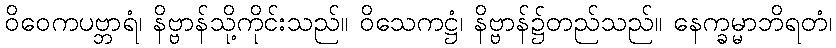
ဝိဝေကပဗ္ဘာရံ၊ နိဗ္ဗာန်သို့ကိုင်းသည်။ ဝိသေကဋ္ဌံ၊ နိဗ္ဗာန်၌တည်သည်။ နေက္ခမ္မာဘိရတံ၊